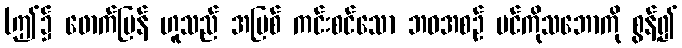
(ဤ၌ ဖောက်ပြန် ဟူသည် အပြစ် ကင်းစင်သော ဘဝအစဉ် ပင်ကိုသဘောကို စွန့်၍